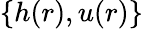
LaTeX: \{ h(r),u(r)\}